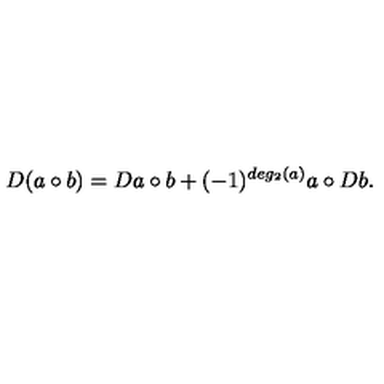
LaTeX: D ( a \circ b ) = D a \circ b + ( - 1 ) ^ { d e g _ { 2 } ( a ) } a \circ D b .